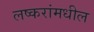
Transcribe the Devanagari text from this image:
लष्करांमधील